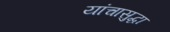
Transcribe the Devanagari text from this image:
यांचासुद्धा